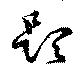
題